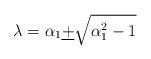
LaTeX: \begin{align*}\lambda=\alpha_{1}\underline{+}\sqrt{\alpha_{1}^{2}-1}\end{align*}